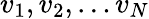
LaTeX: v_{1},v_{2},\ldots v_{N}